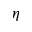
\eta